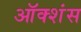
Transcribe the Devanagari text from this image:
ऑक्शंस